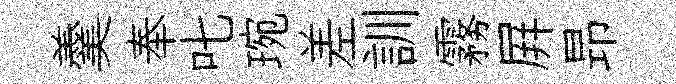
羹奉叱琬差訓霧屛昻